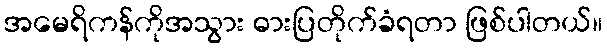
အမေရိကန်ကိုအသွား ဓားပြတိုက်ခံရတာ ဖြစ်ပါတယ်။